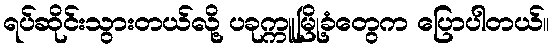
ရပ်ဆိုင်းသွားတယ်လို့ ပခုက္ကူမြို့ခံတွေက ပြောပါတယ်။